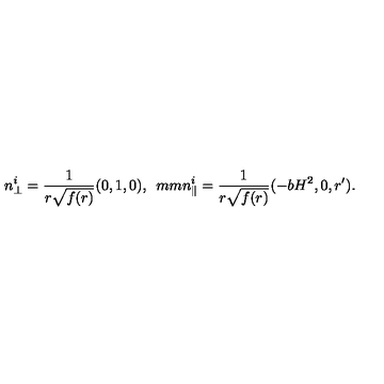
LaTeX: n _ { \perp } ^ { i } = \frac { 1 } { r \sqrt { f ( r ) } } ( 0 , 1 , 0 ) , \hspace * { 5 m m } n _ { \parallel } ^ { i } = \frac { 1 } { r \sqrt { f ( r ) } } ( - b H ^ { 2 } , 0 , r ^ { \prime } ) .